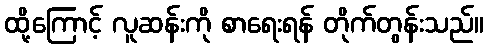
ထို့ကြောင့် လူဆန်းကို စာရေးရန် တိုက်တွန်းသည်။